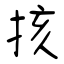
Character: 㧡